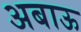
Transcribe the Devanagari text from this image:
अबाऊ